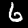
Label: 6